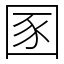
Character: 圂